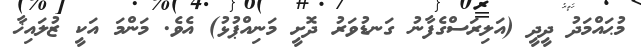
މުޙައްމަދު ދީދީ (އަލިރަސްގެފާނު ގަނޑުވަރު ދޮށީ މަނިއްޕުޅު) އެވެ. މަންމަ އަކީ ޒުލައިޚާ